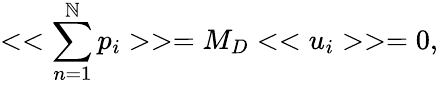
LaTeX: <<\sum_{n=1}^{\mathbb{N}}p_{i}>>=M_{D}<<u_{i}>>=0,